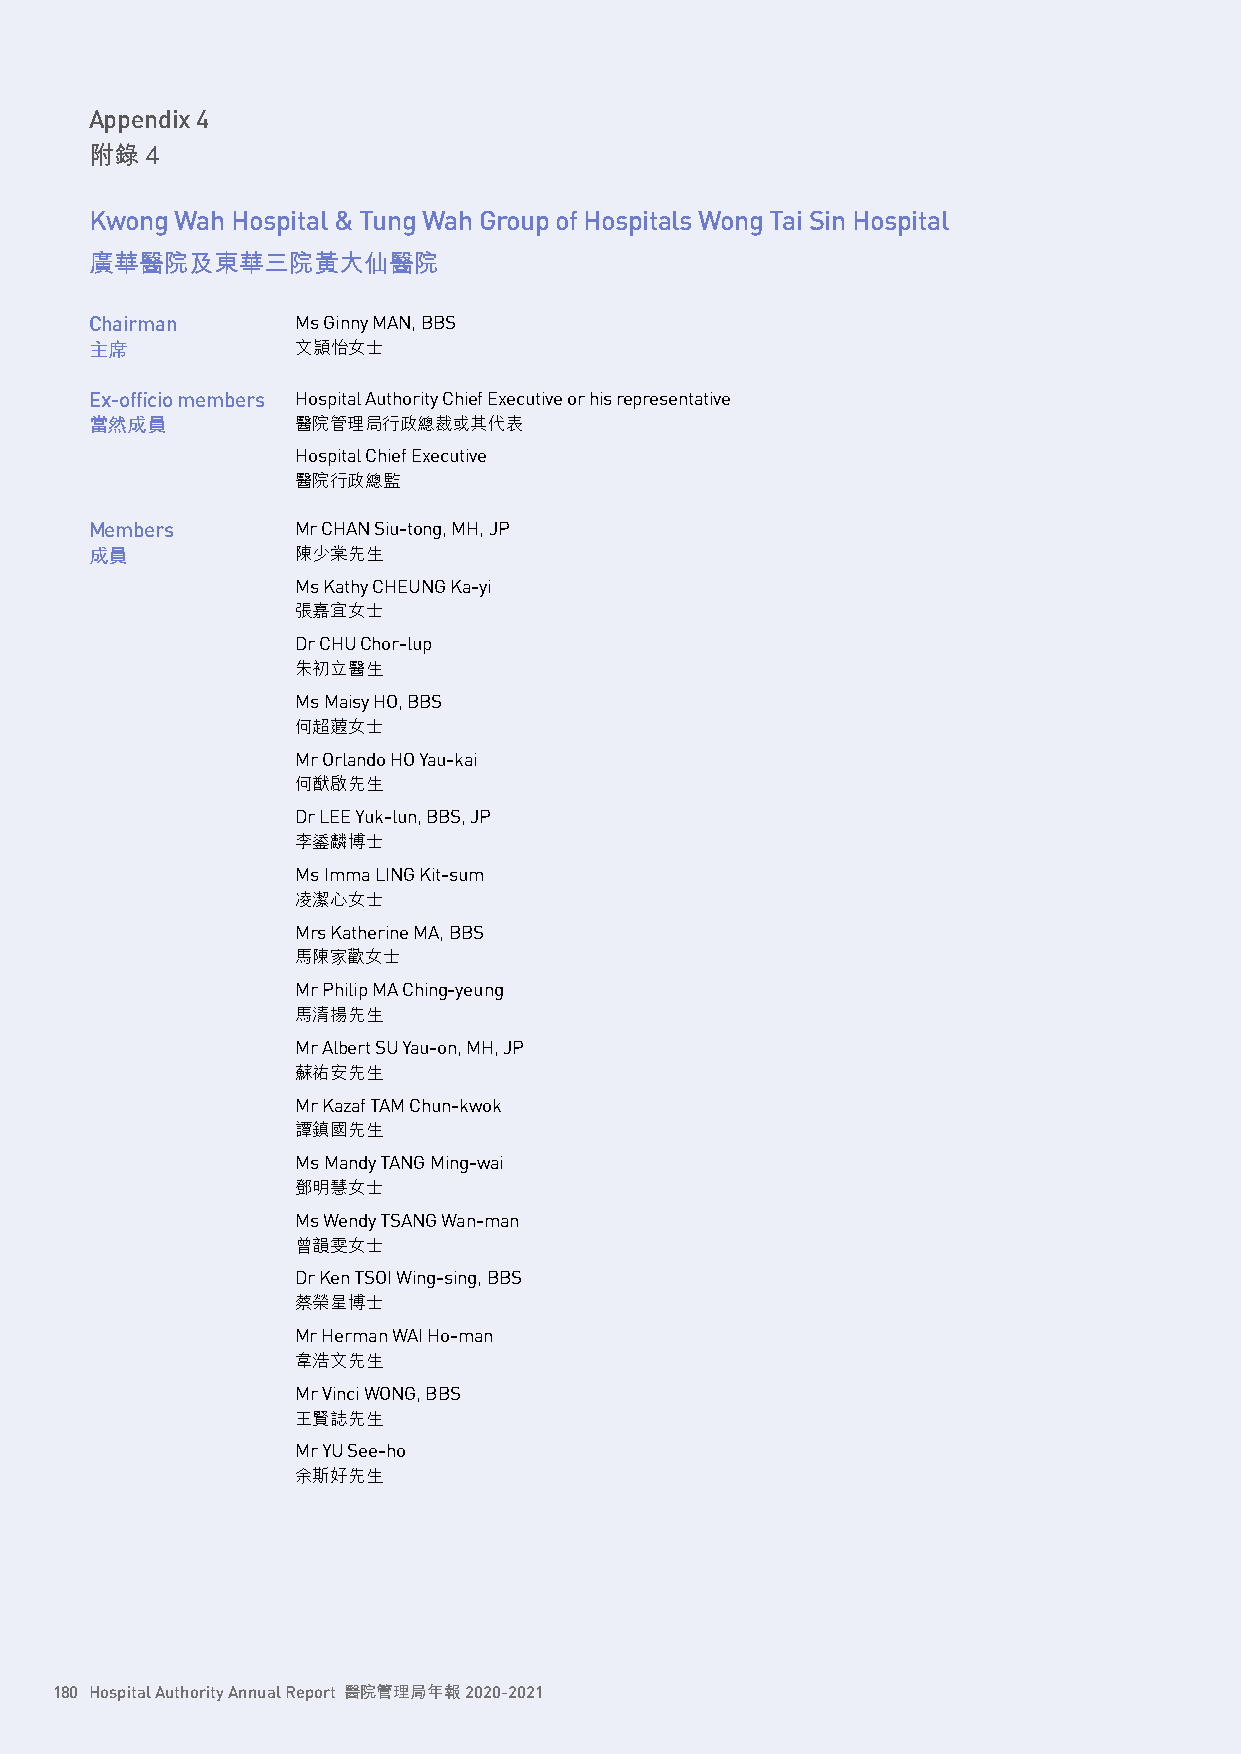
Appendix 4
 附錄  4
 Kwong Wah Hospital & Tung Wah Group of Hospitals Wong Tai Sin Hospital
 廣華醫院及東華三院黃大仙醫院
 Chairman      Ms Ginny MAN, BBS
 主席            文頴怡女士
 Ex-officio members Hospital Authority Chief Executive or his representative
 當然成員          醫院管理局行政總裁或其代表
 Hospital Chief Executive
 醫院行政總監
 Members       Mr CHAN Siu-tong, MH, JP
 成員            陳少棠先生
 Ms Kathy CHEUNG Ka-yi
 張嘉宜女士
 Dr CHU Chor-lup
 朱初立醫生
 Ms Maisy HO, BBS
 何超蕸女士
 Mr Orlando HO Yau-kai
 何猷啟先生
 Dr LEE Yuk-lun, BBS, JP
 李鋈麟博士
 Ms Imma LING Kit-sum
 凌潔心女士
 Mrs Katherine MA, BBS
 馬陳家歡女士
 Mr Philip MA Ching-yeung
 馬清揚先生
 Mr Albert SU Yau-on, MH, JP
 蘇祐安先生
 Mr Kazaf TAM Chun-kwok
 譚鎮國先生
 Ms Mandy TANG Ming-wai
 鄧明慧女士
 Ms Wendy TSANG Wan-man
 曾韻雯女士
 Dr Ken TSOI Wing-sing, BBS
 蔡榮星博士
 Mr Herman WAI Ho-man
 韋浩文先生
 Mr Vinci WONG, BBS
 王賢誌先生
 Mr YU See-ho
 余斯好先生
 180 Hospital Authority Annual Report 醫院管理局年報 2020-2021